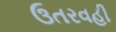
ઉતરવહી